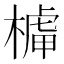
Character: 𣘭